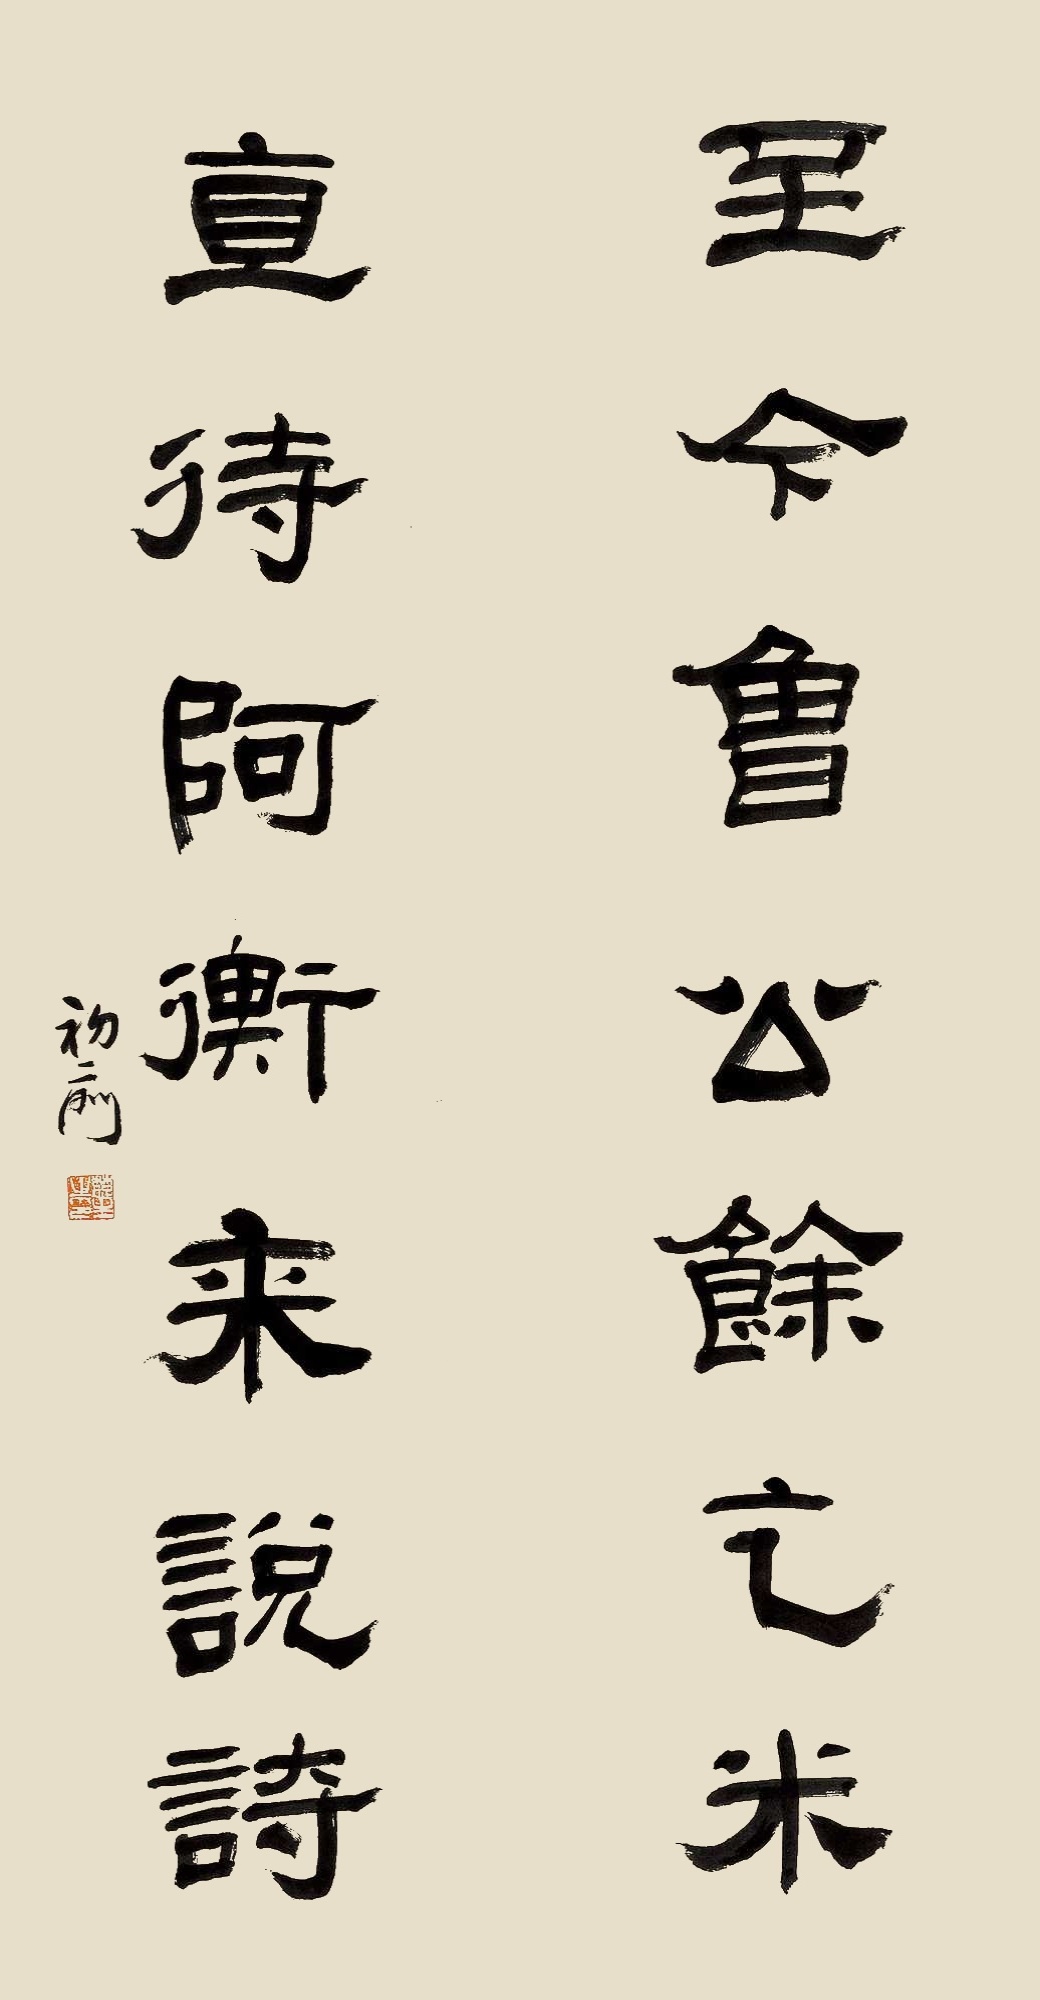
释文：至今鲁公余乞米，直待阿衡来说诗。初升。